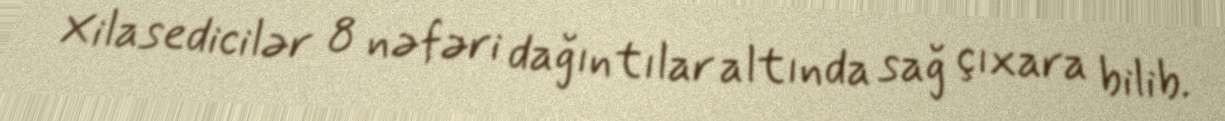
Xilasedicilər 8 nəfəri dağıntılar altında sağ çıxara bilib.